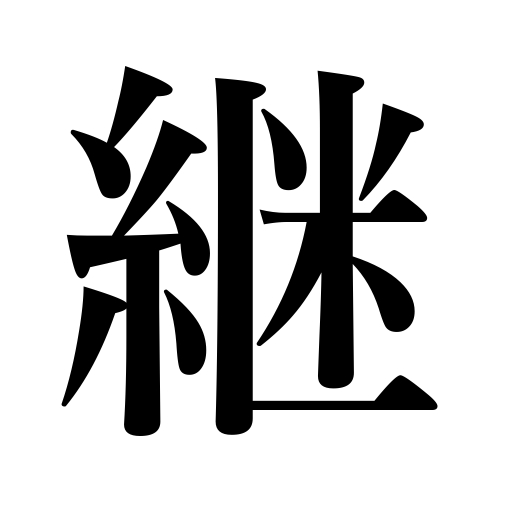
Meanings: tell,patch,follow,succeed to,inherit,graft trees